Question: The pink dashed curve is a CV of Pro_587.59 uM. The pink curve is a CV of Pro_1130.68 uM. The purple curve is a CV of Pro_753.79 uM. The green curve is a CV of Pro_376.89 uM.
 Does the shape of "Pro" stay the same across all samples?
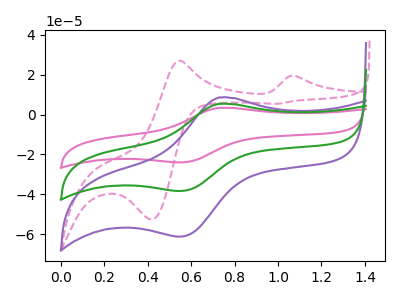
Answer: <think>The pink dashed curve "Pro_587.59 uM" has anodic peaks at (1.10V, 19.35uA) (0.55V, 26.90uA) and cathodic peaks at (0.40V, -52.60uA) (1.00V, 5.35uA). The pink curve "Pro_1130.68 uM" has an anodic peak at (0.75V, 10.65uA) and a cathodic peak at (0.55V, -76.65uA). The purple curve "Pro_753.79 uM" has an anodic peak at (0.75V, 8.50uA) and a cathodic peak at (0.55V, -61.20uA). The green curve "Pro_376.89 uM" has an anodic peak at (0.75V, 5.35uA) and a cathodic peak at (0.55V, -38.30uA).
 "Pro_587.59 uM" and "Pro_1130.68 uM" have a different number of peaks. "Pro_587.59 uM" and "Pro_753.79 uM" have a different number of peaks. "Pro_587.59 uM" and "Pro_376.89 uM" have a different number of peaks. All the peaks in "Pro_1130.68 uM" have a peak in "Pro_753.79 uM" at the same potential. Every peak in "Pro_1130.68 uM" is higher than every peak in "Pro_753.79 uM". All the peaks in "Pro_1130.68 uM" have a peak in "Pro_376.89 uM" at the same potential. Every peak in "Pro_1130.68 uM" is higher than every peak in "Pro_376.89 uM". All the peaks in "Pro_753.79 uM" have a peak in "Pro_376.89 uM" at the same potential. Every peak in "Pro_753.79 uM" is higher than every peak in "Pro_376.89 uM".</think>
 <answer>All the CV's of "Pro" have similar shape.</answer>
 <eval>follow_rule</eval>